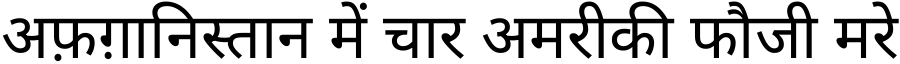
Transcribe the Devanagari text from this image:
अफ़ग़ानिस्तान में चार अमरीकी फौजी मरे